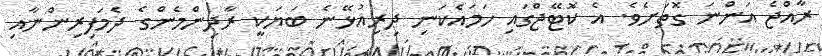
ރާއްޖެ އަންނަ ގޮތަށެވެ. އެ ކޮޓޭޖްގައި ހަމައެކަނި ދިރިއުޅޭނެ ބަޔަކީ ރާދިންމެންގެ ދެމަފިރިންނާއި